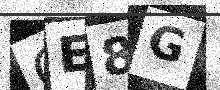
Text: OE8G